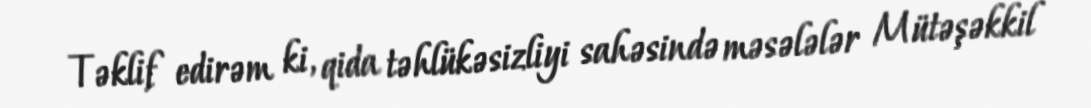
Təklif edirəm ki, qida təhlükəsizliyi sahəsində məsələlər Mütəşəkkil